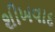
શીખવાદ